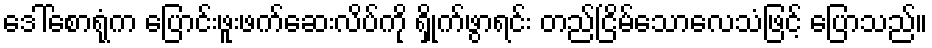
ဒေါ်စောရုံက ပြောင်းဖူးဖက်ဆေးလိပ်ကို ရှိုက်ဖွာရင်း တည်ငြိမ်သောလေသံဖြင့် ပြောသည်။